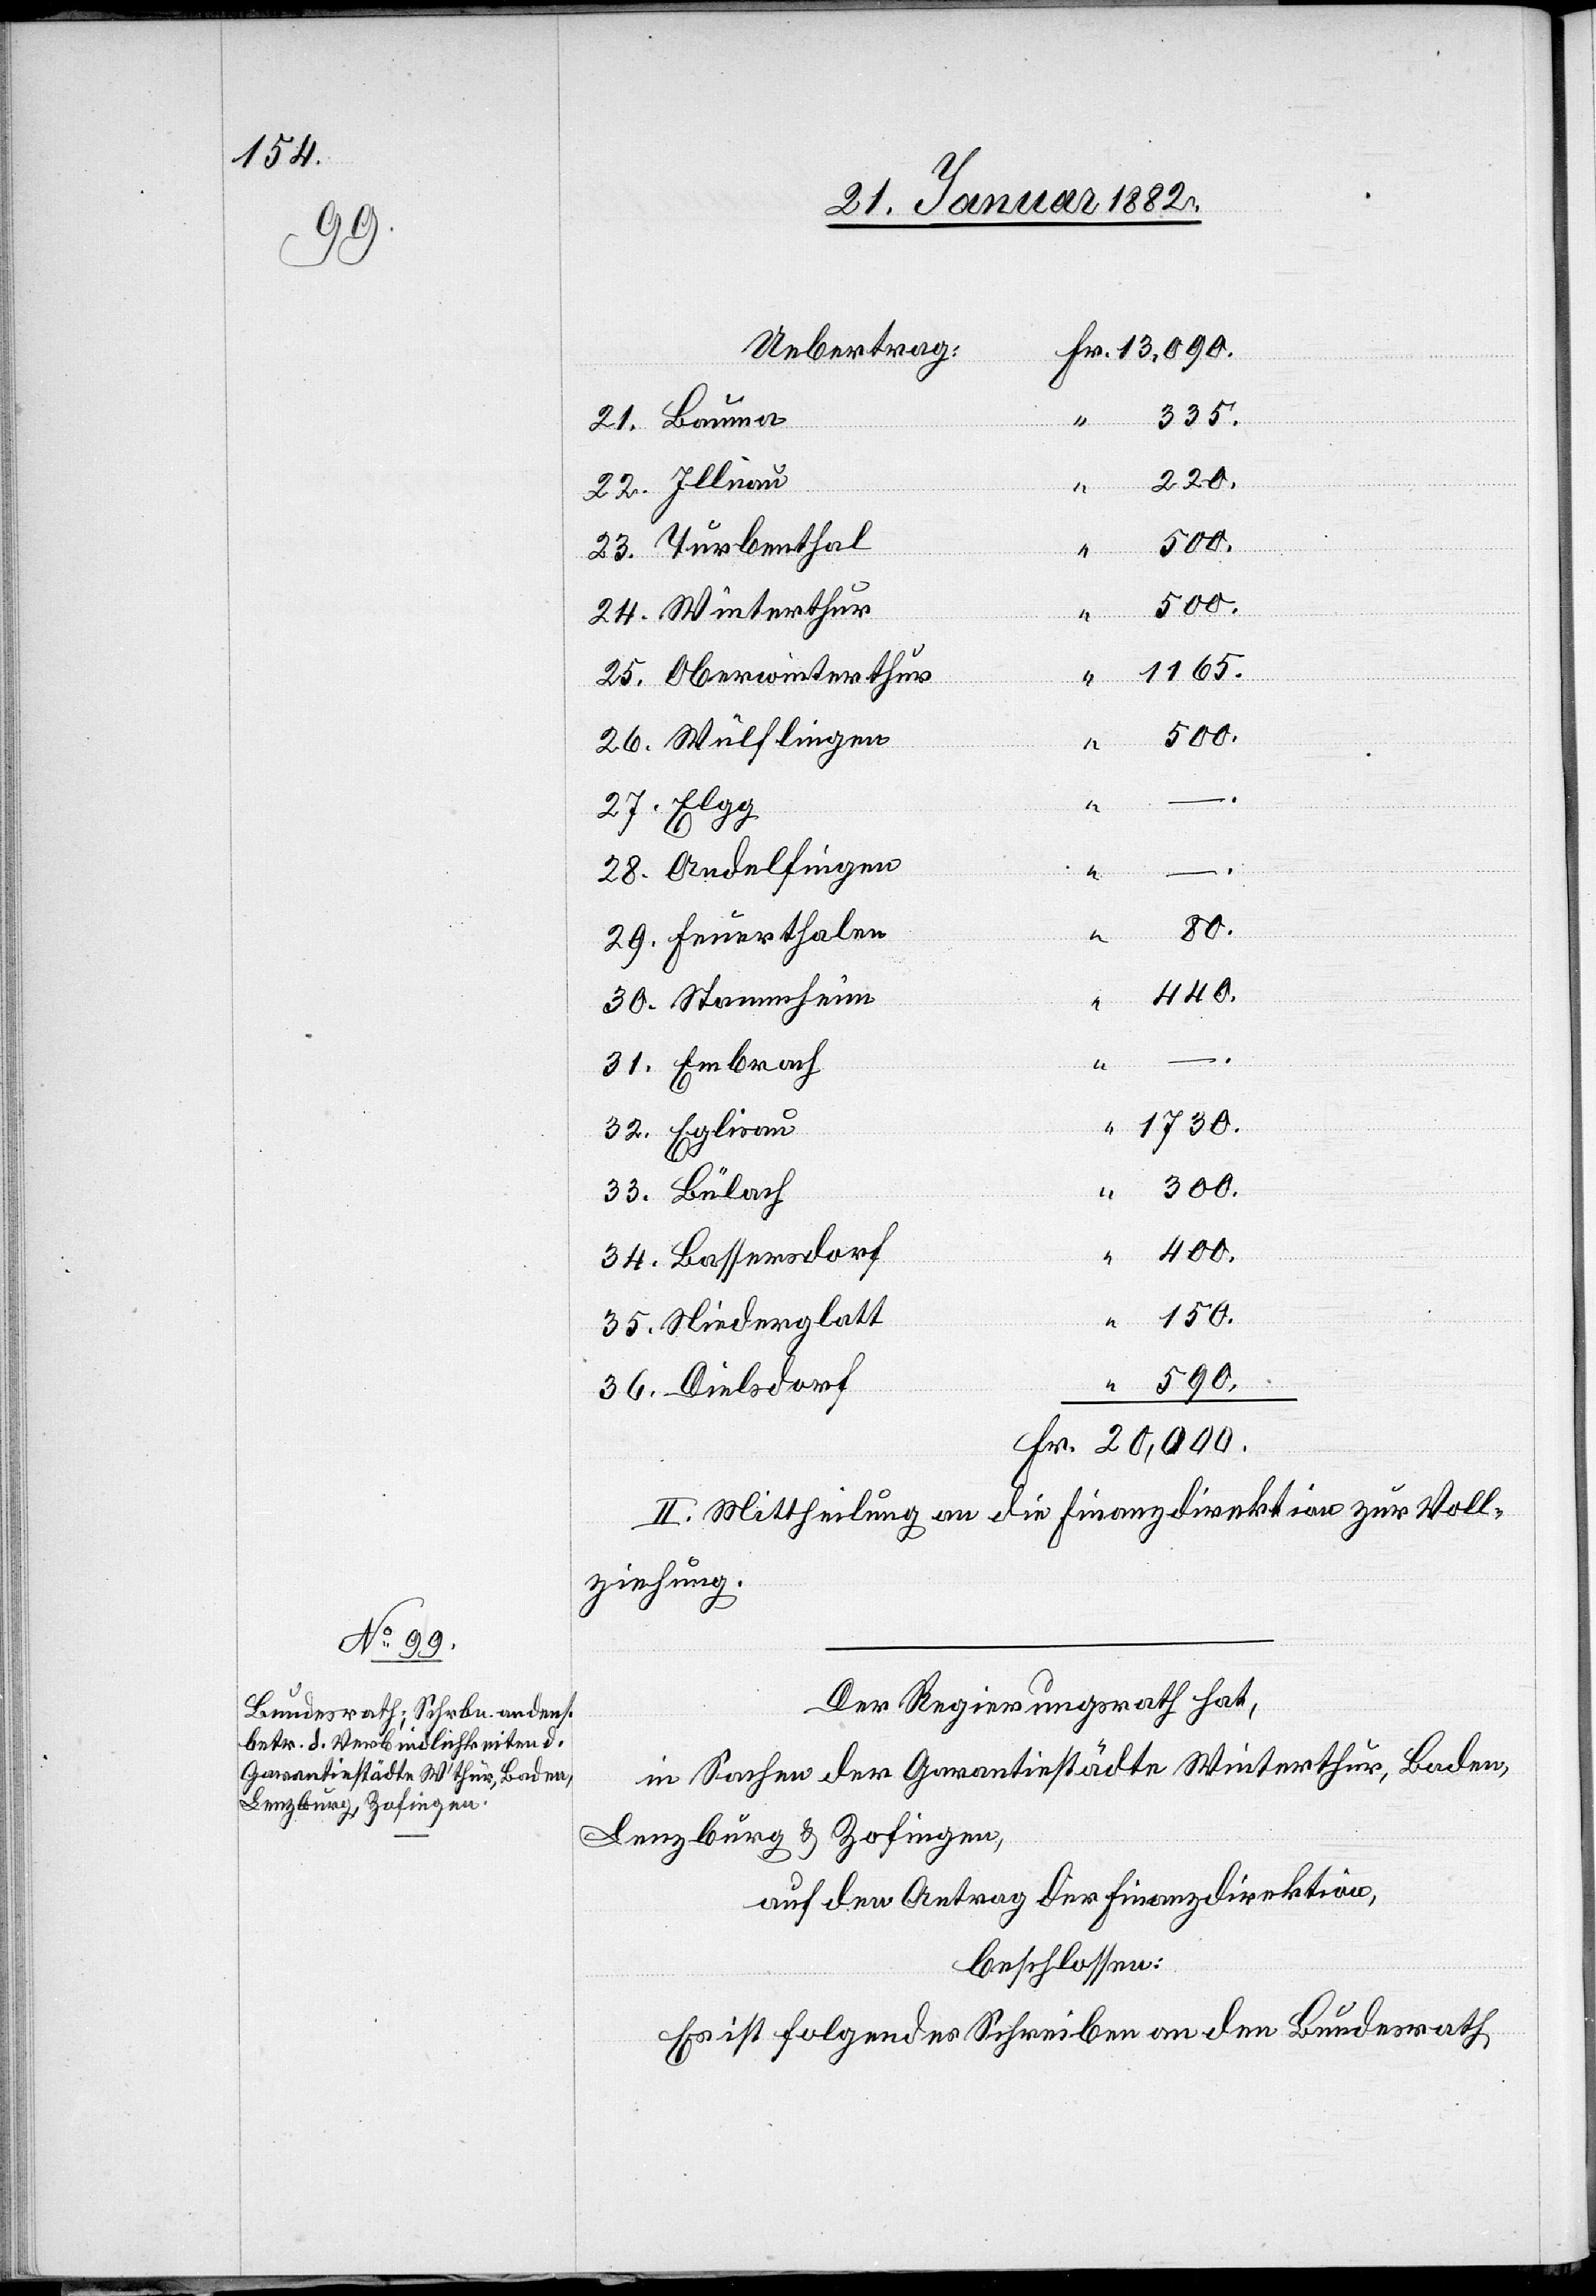
335.
21. Bauma
22. Illnau
220.
23. Turbenthal
“
20 000
24. Winterthur
1165.
25. Oberwinterthur
“
–.
590.
26. Wülflingen
Fr.
27. Elgg
–.
28. Andelfingen
80.
–.
29. Feuerthalen
440.
30. Stammheim
31. Embrach
32. Eplisau
300.
33. Bülach
34. Bassersdorf
150.
35. Niederglatt
36. Dielsdorf
II. Mittheilung an die Finanzdirektion zur Voll¬
ziehung.
Der Regierungsrath hat,
in Sachen der Garantiestädte Winterthur, Baden,
Lenzburg & Zofingen,
auf den Antrag der Finanzdirektion,
beschlossen:
Es ist folgendes Schreiben an den Bundesrath